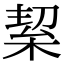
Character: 𭪛